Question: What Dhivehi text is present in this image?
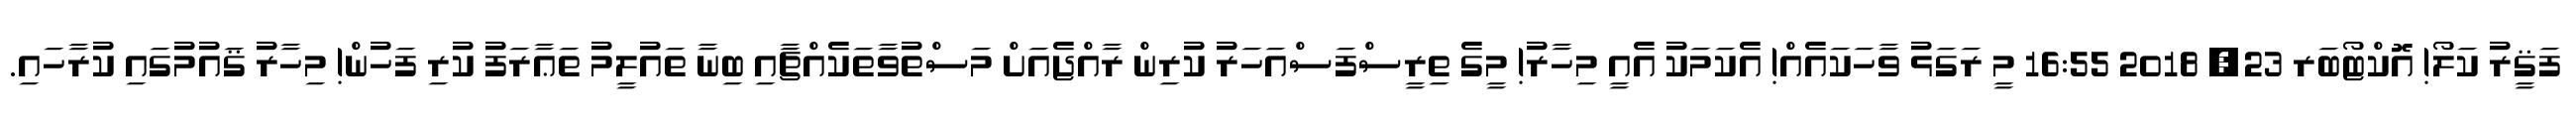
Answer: ފަޤީރު ކަލޯ! އޮކްޓޯބަރ 23, 2018 16:55 މީ ރަގަޅު ވާހަކައެއް! އެކަމަކު އެއީ މިހާރު! މީގެ ތިރީސްފަސްއަހަރު ކުރިން ރާއްޖެއަށް މަސްތުވާތަކެއްޗާއި ބިނާ ތައުލީމު ތަޢާރަފު ކުރި ފަހުން! މިހާރު ޤައުމުގައި ކުރާހައި.